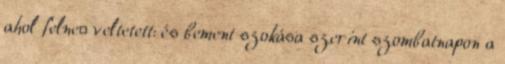
ahol felne− veltetett: és bement szokása szerint szombatnapon a